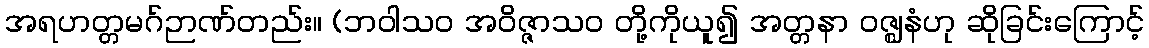
အရဟတ္တမဂ်ဉာဏ်တည်း။ (ဘဝါသဝ အဝိဇ္ဇာသဝ တို့ကိုယူ၍ အတ္တနာ ဝဇ္ဈနံဟု ဆိုခြင်းကြောင့်